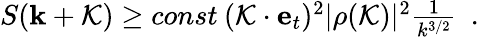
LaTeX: \begin{array}{r}{S({\mathbf k}+{\cal K})\ge const\: ({\cal K}\cdot{\mathbf e}_{t})^{2}|\rho({\cal K})|^{2}\frac{1}{k^{3/2}}~~.}\end{array}